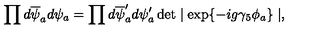
\prod d \overline { { \psi } } _ { a } d \psi _ { a } = \prod d \overline { { \psi } } _ { a } ^ { \prime } d \psi _ { a } ^ { \prime } \det \mid \exp \{ - i g \gamma _ { 5 } \phi _ { a } \} \mid ,